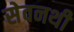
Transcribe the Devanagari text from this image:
सेवनथी